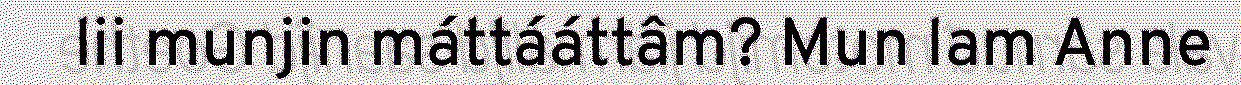
lii munjin máttááttâm? Mun lam Anne